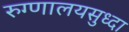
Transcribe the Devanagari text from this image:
रुग्णालयसुध्दा